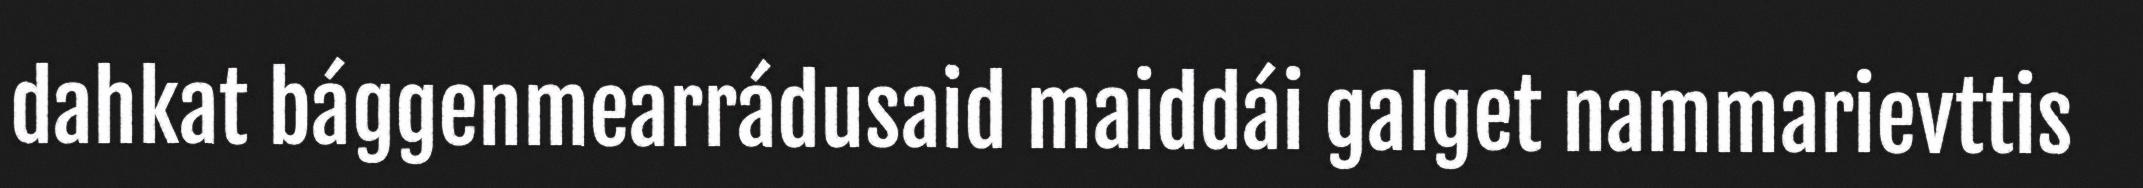
dahkat bággenmearrádusaid maiddái galget nammarievttis